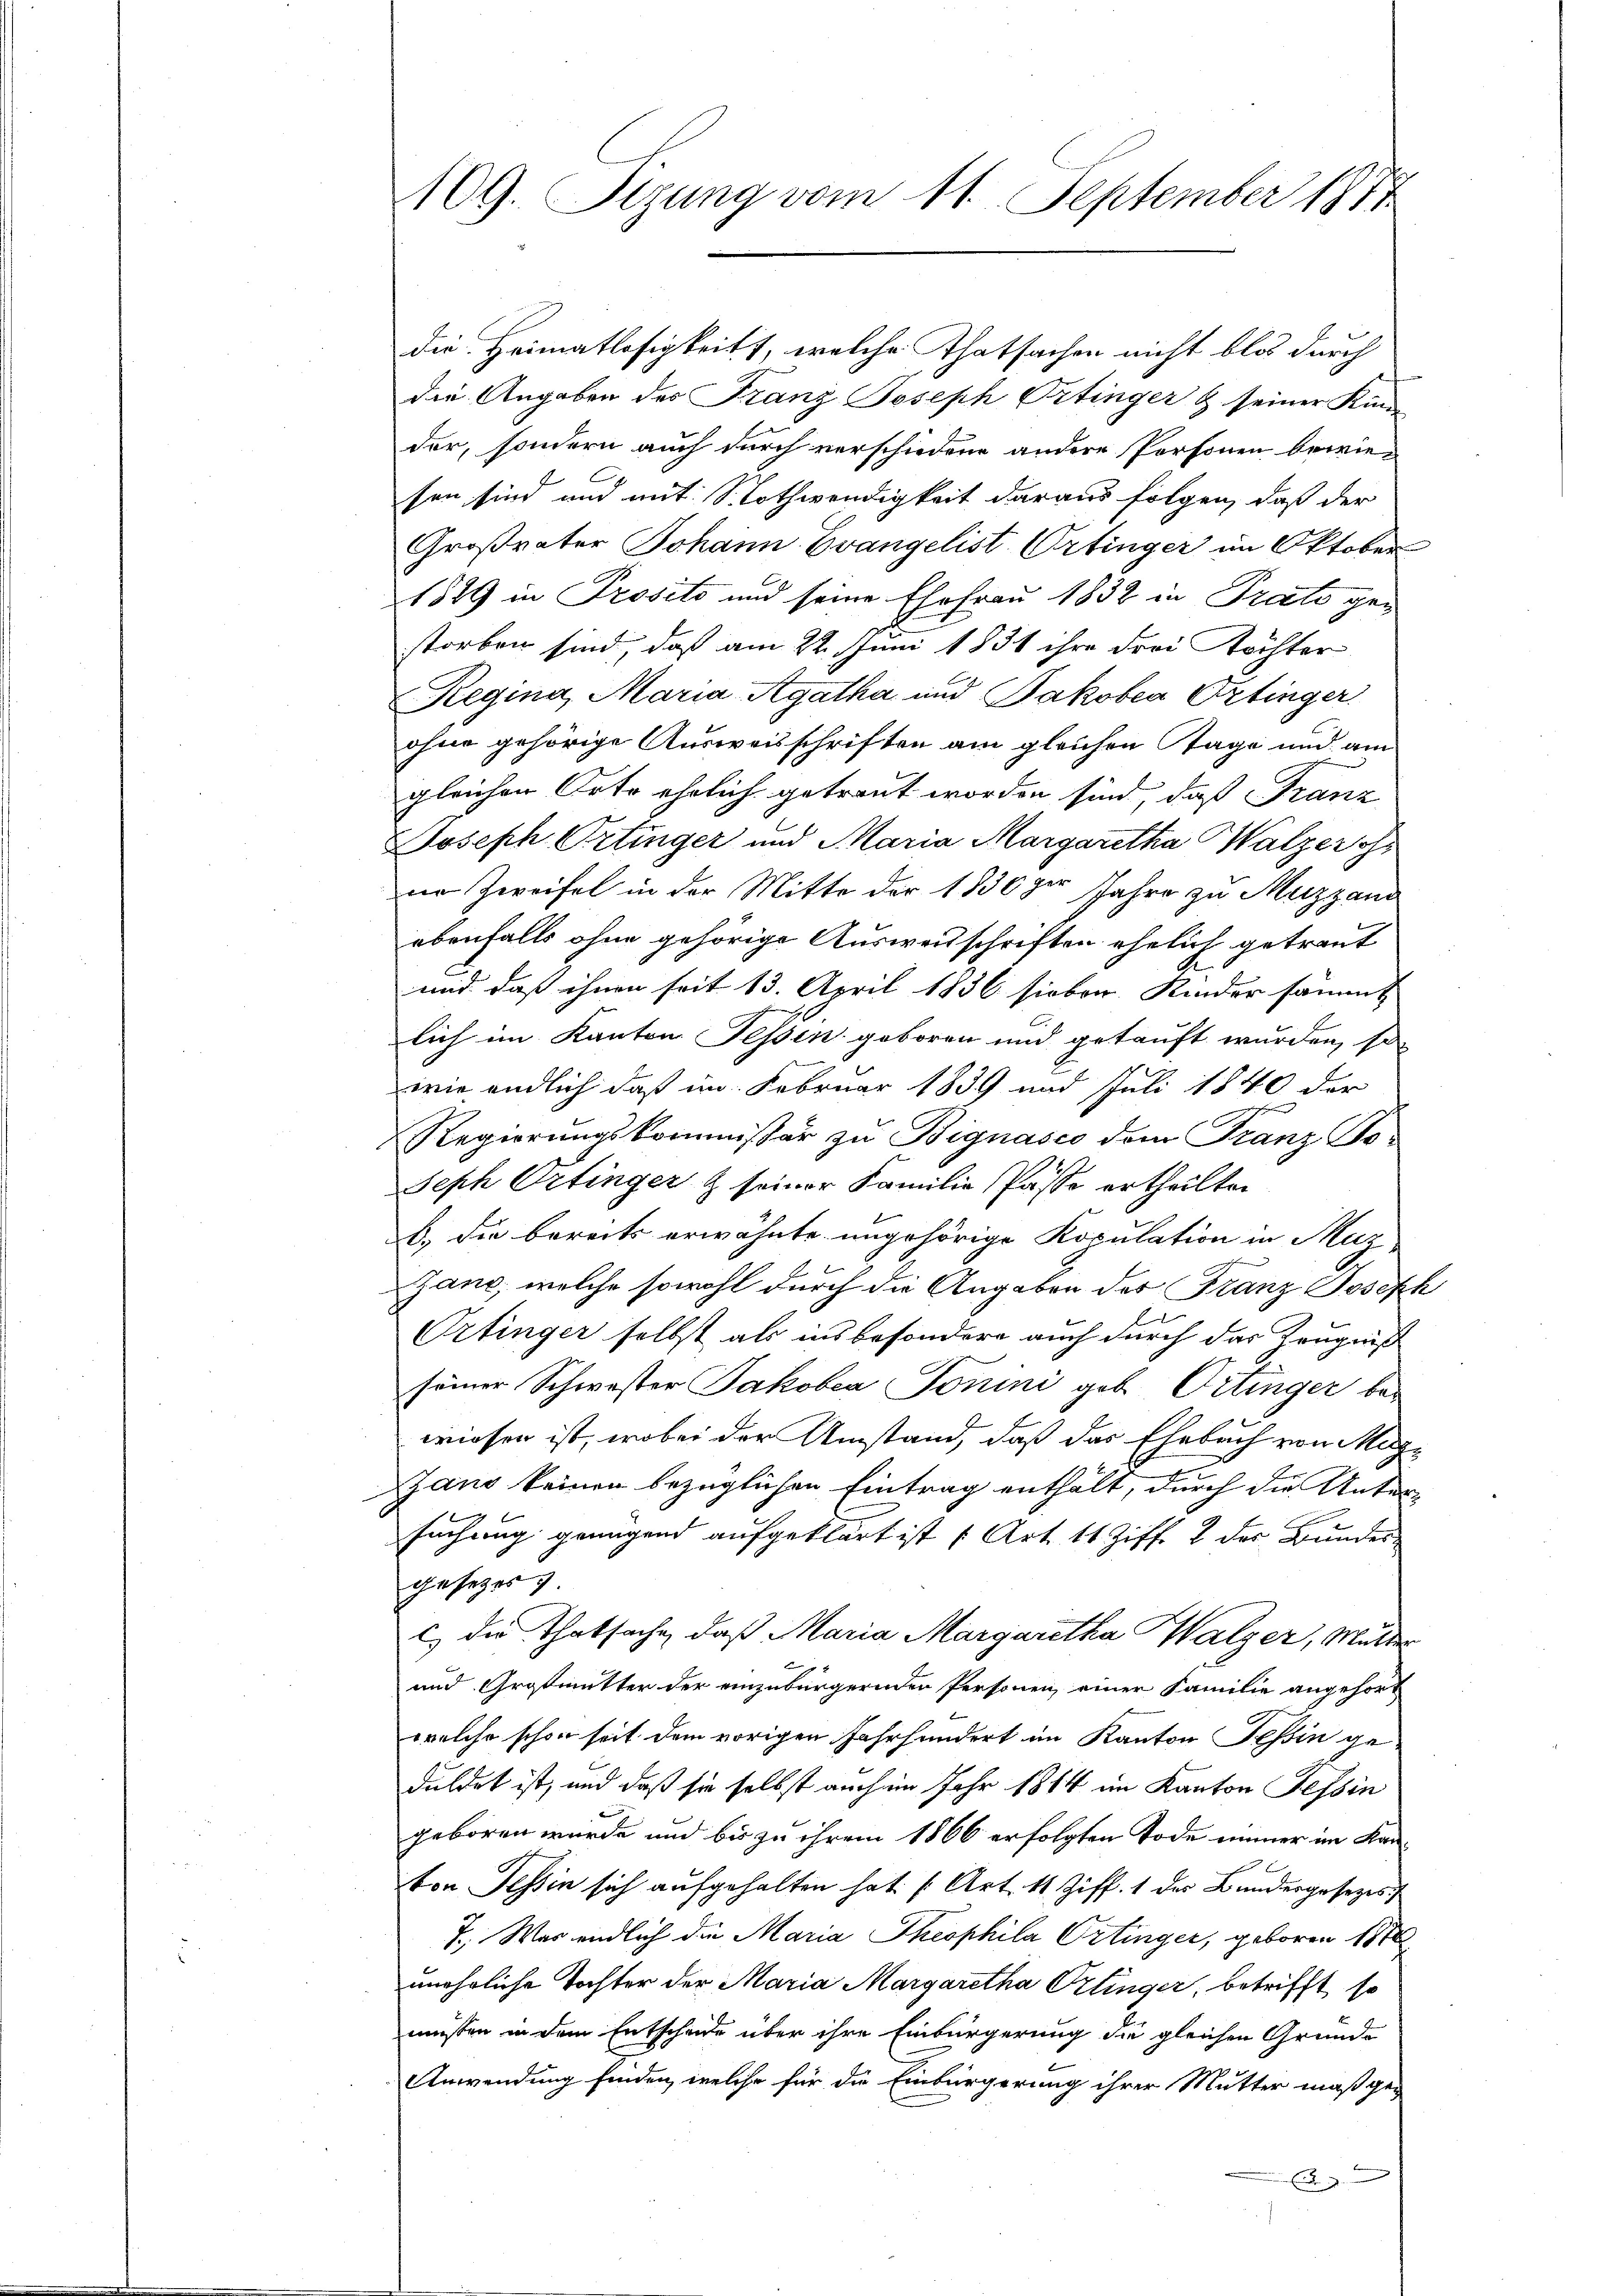
109. Sitzung vom 11. September 1877

die Heimatlosigkeit, welche Thatsachen nicht blos durch
die Angaben des Franz Joseph Ortinger & seiner Kinde
der, sondern auch durch verschiedene andere Personen bewie-
sen sind und mit Nothwendigkeit daraus folgen, daß der
Großvater Johann Evangelist Ortinger im Oktober
1849 in Prosito und seine Ehefrau 1832 in Prato gestorben sind, daß am 22. Juni 1831 ihre Frei Töchter
Regina, Maria Agatha und Jakobea Ortinger.
ohne gehörige Ausweisschriften am gleichen Tage und am
gleichen Orte ehrlich getraut worden sind, daß Franz
Joseph Ortinger und Maria Margaretha Walzer oh
im Zweifel in der Mitte der 1830 per Jahre zu Muzzans
ebenfalls ohne gehörige Ausweisschriften ehelich getraut
und daß ihnen seit 13. April 1836 sieben. Kinder sämmt
lich im Kanton Tessin geboren und getauft wurden, so
wie endlich daß im Februar 1839 und Juli 1840 der
Regierŭngskommissär zu Bignasco dem Franz Jo-
Seph Ortinger & seiner Familie Pässe ertheilten
b.) Die bereits erwähnte ungehörige Kopulation in Maz
Janc, welche sowohl durch die Angaben der Franz Joseph
Ortinger selbst als ins besondere auch durch das Zeugniß
seiner Schwester Jakoben Tonini geb. Ortinger be-
wiesen ist, wobei der Umstand, daß das Ehebuch von Mag¬
Dans keinen bezüglichen Eintrag enthält, durch die Unter-
suchung genügend aufgeklärt ist (Art. 11 Ziff. 2 des Bundes
gesezes 9.
c) die Thatsache, daß Maria Margaretha Walzer, Mutter
und Großmutter der einzubürgernden Personen einer Familie angehört
welche schon seit dem vorigen Jahrhundert im Kanton Teßin ge-
duldet ist, und daß sie selbst auch im Jahr 1814 im Kanton Tessin
geboren wurde und bis zu ihrem 1866 erfolgten Tode immer im Kanton Tessin sich aufgehalten hat. (Art. 11 Ziff. 1 der Bundergesezes
7., War endlich die Maria Theophila Ortinger, geboren 1872
unehrliche Tochter der Maria Margaretha Pzlinger, betrifft so
müssen in dem Entscheide über ihre Einbürgerung die gleichen Gründe
Anwendung finden, welche für die Einbürgerung ihrer Mutter maßge¬
A